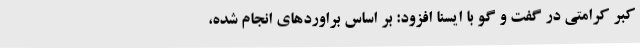
کبر کرامتی در گفت و گو با ایسنا افزود: بر اساس براوردهای انجام شده،